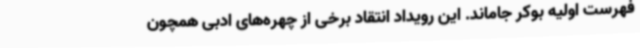
فهرست اولیه بوکر جاماند. این رویداد انتقاد برخی از چهره‌های ادبی همچون